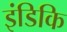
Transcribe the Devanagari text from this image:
इंडिकि